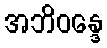
အဘိဝန္ဒေ